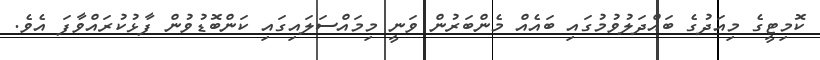
ކޮމިޓީގެ މިއަދުގެ ބައްދަލުވުމުގައި ބައެެއް މެންބަރުން ވަނީ މިމައްސަލައިގައި ކަންބޮޑުވުން ފާޅުކުރައްވާފަ އެވެ.